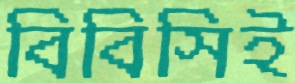
বিবিসিই